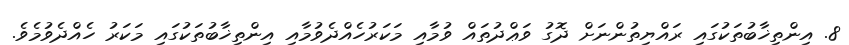
8. އިންތިޚާބުތަކުގައި ރައްޔިތުންނަށް ދޮގު ވަޢްދުތައް ވުމާއި މަކަރުހެއްދެވުމާއި އިންތިޚާބުތަކުގައި މަކަރު ހެއްދެވުމެވެ.